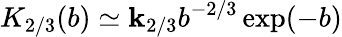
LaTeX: K_{2/3}(b)\simeq\mathbf{k}_{2/3}b^{-2/3}\exp(-b)